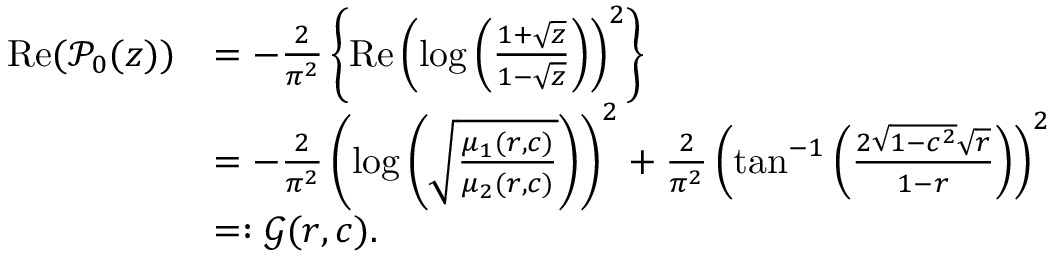
\begin{array} { r l } { \operatorname { R e } ( \mathcal { P } _ { 0 } ( z ) ) } & { = - \frac { 2 } { \pi ^ { 2 } } \left\{ \operatorname { R e } \left( \log \left( \frac { 1 + \sqrt { z } } { 1 - \sqrt { z } } \right) \right) ^ { 2 } \right\} } \\ & { = - \frac { 2 } { \pi ^ { 2 } } \left( \log \left( \sqrt { \frac { \mu _ { 1 } ( r , c ) } { \mu _ { 2 } ( r , c ) } } \right) \right) ^ { 2 } + \frac { 2 } { \pi ^ { 2 } } \left( \tan ^ { - 1 } \left( \frac { 2 \sqrt { 1 - c ^ { 2 } } \sqrt { r } } { 1 - r } \right) \right) ^ { 2 } } \\ & { = : \mathcal { G } ( r , c ) . } \end{array}